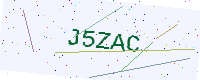
Text: J5ZAC